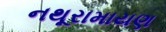
નથૂરામાયણ